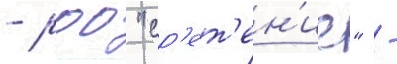
- роо "ср'ет'ен'ие" -